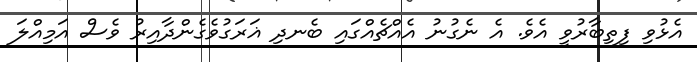
އެޅުވި ފިތިބާރުވީ އެވެ. އެ ނެގުނު އެއްޗެއްގައި ބެނދި ޣަރަގުވެގެންދާއިރު ވެސް އަމިއްލަ